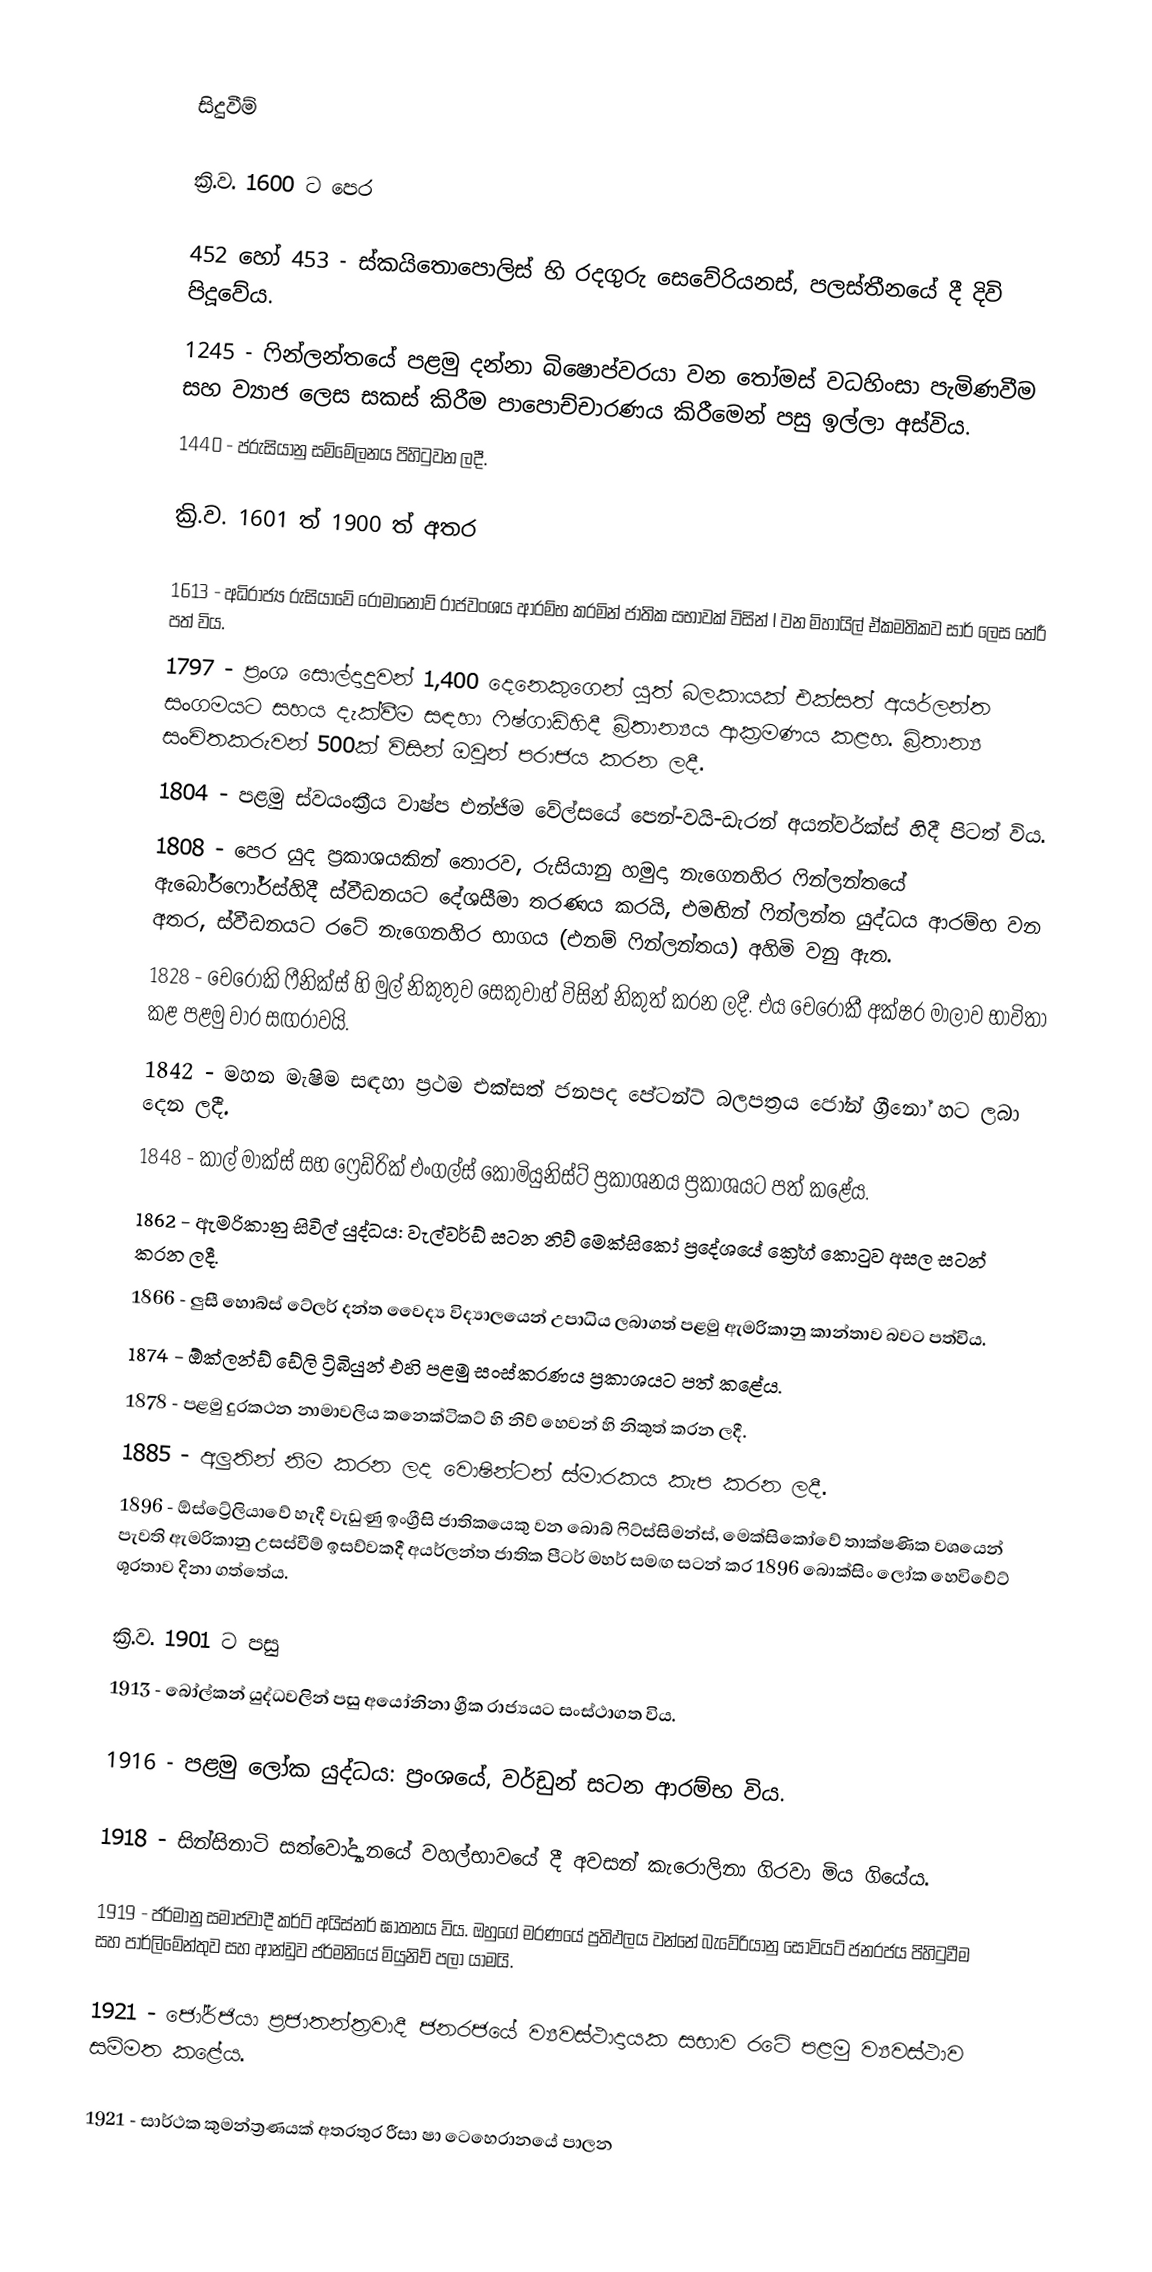

සිදුවීම්

ක්‍රි.ව. 1600 ට පෙර

 452 හෝ 453 - ස්කයිතොපොලිස් හි රදගුරු සෙවේරියනස්, පලස්තීනයේ දී දිවි පිදූවේය.
 1245 - ෆින්ලන්තයේ පළමු දන්නා බිෂොප්වරයා වන තෝමස් වධහිංසා පැමිණවීම සහ ව්‍යාජ ලෙස සකස් කිරීම පාපොච්චාරණය කිරීමෙන් පසු ඉල්ලා අස්විය.
 1440 - ප්රුසියානු සම්මේලනය පිහිටුවන ලදී.

ක්‍රි.ව. 1601 ත් 1900 ත් අතර

 1613 - අධිරාජ්‍ය රුසියාවේ රොමානොව් රාජවංශය ආරම්භ කරමින් ජාතික සභාවක් විසින් I වන මිහායිල් ඒකමතිකව සාර් ලෙස තේරී පත් විය.
 1797 - ප්‍රංශ සොල්දාදුවන් 1,400 දෙනෙකුගෙන් යුත් බලකායක් එක්සත් අයර්ලන්ත සංගමයට සහය දැක්වීම සඳහා ෆිෂ්ගාඩ්හිදී බ්‍රිතාන්‍යය ආක්‍රමණය කළහ. බ්‍රිතාන්‍ය සංචිතකරුවන් 500ක් විසින් ඔවුන් පරාජය කරන ලදී.
 1804 - පළමු ස්වයංක්‍රීය වාෂ්ප එන්ජිම වේල්සයේ පෙන්-වයි-ඩැරන් අයන්වර්ක්ස් හිදී පිටත් විය.
 1808 - පෙර යුද ප්‍රකාශයකින් තොරව, රුසියානු හමුදා නැගෙනහිර ෆින්ලන්තයේ ඇබෝර්ෆෝර්ස්හිදී ස්වීඩනයට දේශසීමා තරණය කරයි, එමඟින් ෆින්ලන්ත යුද්ධය ආරම්භ වන අතර, ස්වීඩනයට රටේ නැගෙනහිර භාගය (එනම් ෆින්ලන්තය) අහිමි වනු ඇත.
 1828 - චෙරෝකි ෆීනික්ස් හි මුල් නිකුතුව සෙකුවාහ් විසින් නිකුත් කරන ලදී. එය චෙරෝකී අක්ෂර මාලාව භාවිතා කළ පළමු වාර සඟරාවයි.
 1842 - මහන මැෂිම සඳහා ප්‍රථම එක්සත් ජනපද පේටන්ට් බලපත්‍රය ජෝන් ග්‍රීනෝ හට ලබා දෙන ලදී.
 1848 - කාල් මාක්ස් සහ ෆ්‍රෙඩ්රික් එංගල්ස් කොමියුනිස්ට් ප්‍රකාශනය ප්‍රකාශයට පත් කළේය.
 1862 - ඇමරිකානු සිවිල් යුද්ධය: වැල්වර්ඩ් සටන නිව් මෙක්සිකෝ ප්‍රදේශයේ ක්‍රේග් කොටුව අසල සටන් කරන ලදී.
 1866 - ලුසී හොබ්ස් ටේලර් දන්ත වෛද්‍ය විද්‍යාලයෙන් උපාධිය ලබාගත් පළමු ඇමරිකානු කාන්තාව බවට පත්විය.
 1874 - ඕක්ලන්ඩ් ඩේලි ට්‍රිබියුන් එහි පළමු සංස්කරණය ප්‍රකාශයට පත් කළේය.
 1878 - පළමු දුරකථන නාමාවලිය කනෙක්ටිකට් හි නිව් හෙවන් හි නිකුත් කරන ලදී.
 1885 - අලුතින් නිම කරන ලද වොෂින්ටන් ස්මාරකය කැප කරන ලදී.
 1896 - ඕස්ට්‍රේලියාවේ හැදී වැඩුණු ඉංග්‍රීසි ජාතිකයෙකු වන බොබ් ෆිට්ස්සිමන්ස්, මෙක්සිකෝවේ තාක්ෂණික වශයෙන් පැවති ඇමරිකානු උසස්වීම් ඉසව්වකදී අයර්ලන්ත ජාතික පීටර් මහර් සමඟ සටන් කර 1896 බොක්සිං ලෝක හෙවිවේට් ශූරතාව දිනා ගත්තේය.

ක්‍රි.ව. 1901 ට පසු
1913 - බෝල්කන් යුද්ධවලින් පසු අයෝනිනා ග්‍රීක රාජ්‍යයට සංස්ථාගත විය.

1916 - පළමු ලෝක යුද්ධය: ප්‍රංශයේ, වර්ඩුන් සටන ආරම්භ විය.

1918 - සින්සිනාටි සත්වෝද්‍යානයේ වහල්භාවයේ දී අවසන් කැරොලිනා ගිරවා මිය ගියේය.

1919 - ජර්මානු සමාජවාදී කර්ට් අයිස්නර් ඝාතනය විය. ඔහුගේ මරණයේ ප්‍රතිඵලය වන්නේ බැවේරියානු සෝවියට් ජනරජය පිහිටුවීම සහ පාර්ලිමේන්තුව සහ ආන්ඩුව ජර්මනියේ මියුනිච් පලා යාමයි.

1921 - ජෝර්ජියා ප්‍රජාතන්ත්‍රවාදී ජනරජයේ ව්‍යවස්ථාදායක සභාව රටේ පළමු ව්‍යවස්ථාව සම්මත කළේය.

1921 - සාර්ථක කුමන්ත්‍රණයක් අතරතුර රීසා ෂා ටෙහෙරානයේ පාලන